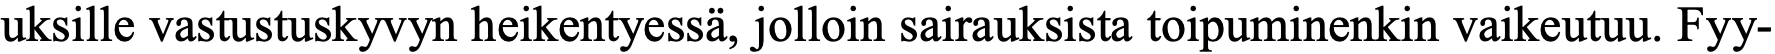
uksille vastustuskyvyn heikentyessä, jolloin sairauksista toipuminenkin vaikeutuu. Fyy-